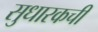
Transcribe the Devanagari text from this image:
सुधारकची